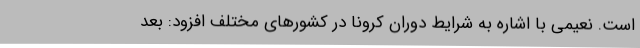
است. نعیمی با اشاره به شرایط دوران کرونا در کشورهای مختلف افزود: بعد